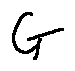
G